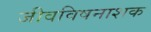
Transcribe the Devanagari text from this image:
जीवविषनाशक